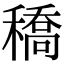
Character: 穚